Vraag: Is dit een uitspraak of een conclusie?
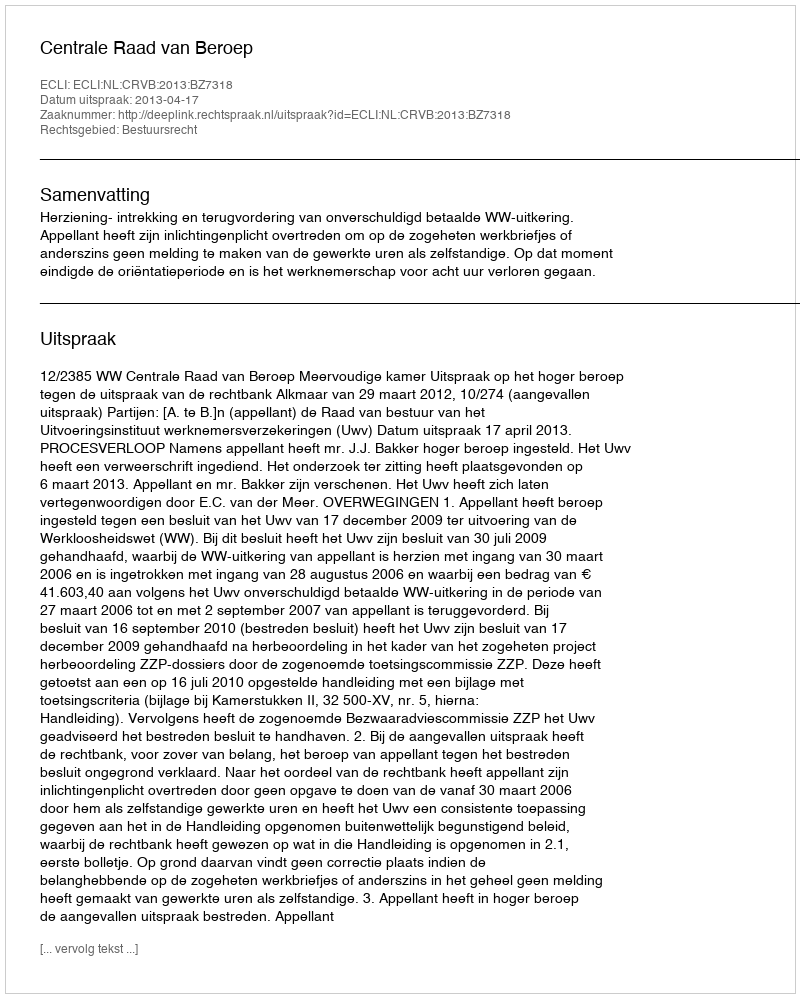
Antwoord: Uitspraak